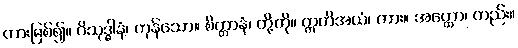
တားမြစ်၍။ ဝိသုဒ္ဓါနံ၊ ကုန်သော။ စိတ္တာနံ၊ တို့ကို။ ဣတိအယံ၊ ကား။ အတ္ထော၊ တည်း။